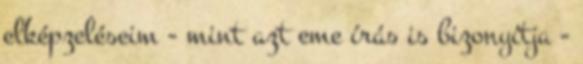
elképzeléseim - mint azt eme írás is bizonyítja -